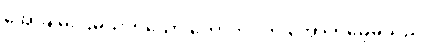
အေးချမ်းငြိမ်သက်သော တောဘဝကို အောက်မေ့မိသည်။